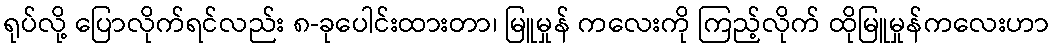
ရုပ်လို့ ပြောလိုက်ရင်လည်း ၈-ခုပေါင်းထားတာ၊ မြူမှုန် ကလေးကို ကြည့်လိုက် ထိုမြူမှုန်ကလေးဟာ